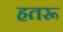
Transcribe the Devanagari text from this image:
हतरू